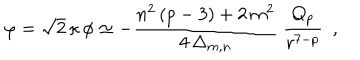
\varphi = \sqrt { 2 } \, \kappa \, \phi \simeq - \frac { n ^ { 2 } \, ( p - 3 ) + 2 \, m ^ { 2 } } { 4 \, \Delta _ { m , n } } ~ \frac { Q _ { p } } { r ^ { 7 - p } } ~ ~ ,